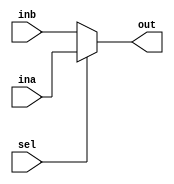
module mux_5(ina, inb, out, sel);
	input [0:127] ina, inb;
	input sel;
	output [0:127] out;
	reg [0:127] out;
	always @ (ina or inb or sel)
		begin
		out<= sel ? ina : inb;
		end 
endmodule